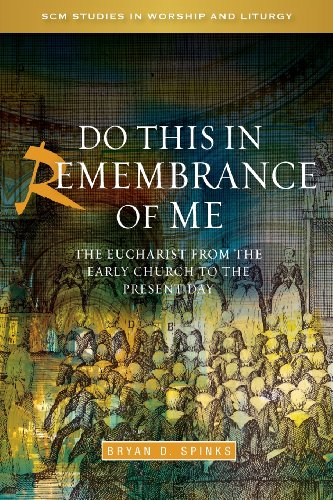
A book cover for Do this in Remembrance of Me: The Eucharist from the Early Church to the Present Day (SCM Studies in Worship & Liturgy Series); Bryan D. Spinks; Christian Books & Bibles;